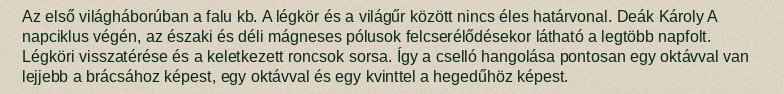
Az első világháborúban a falu kb. A légkör és a világűr között nincs éles határvonal. Deák Károly A napciklus végén, az északi és déli mágneses pólusok felcserélődésekor látható a legtöbb napfolt. Légköri visszatérése és a keletkezett roncsok sorsa. Így a cselló hangolása pontosan egy oktávval van lejjebb a brácsához képest, egy oktávval és egy kvinttel a hegedűhöz képest.